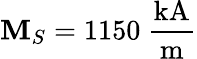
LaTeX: \mathbf{M}_{S}=1150~\mathrm{{\frac{{kA}}{{m}}}}